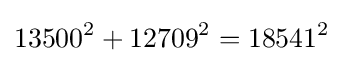
13500^{2}+12709^{2}=18541^{2}